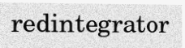
redintegrator